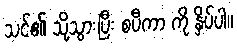
သင်၏ သို့သွားပြီး စပီကာ ကို နှိပ်ပါ။